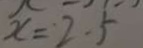
x = 2 . 5